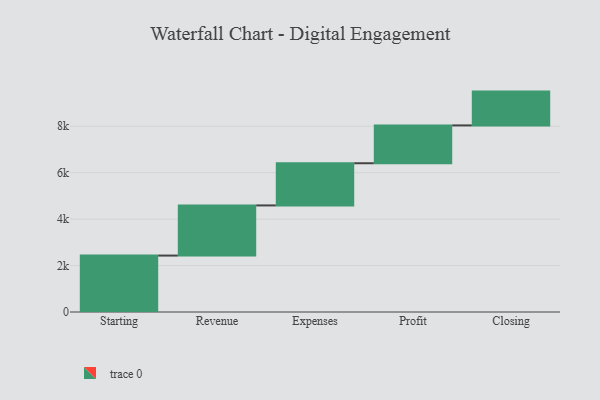
{"axis": {"x": "Step", "y": "Value"}, "legend": [""], "data": [{"x": "Starting", "y": 2430.0, "type": ""}, {"x": "Revenue", "y": 2159.0, "type": ""}, {"x": "Expenses", "y": 1817.0, "type": ""}, {"x": "Profit", "y": 1629.0, "type": ""}, {"x": "Closing", "y": 1456.0, "type": ""}]}